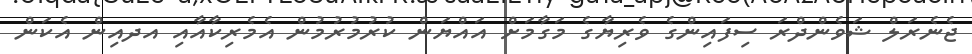
ޖެނެރަލް ޝަވެންދްރަ ސިފައިންގެ ވެރިޔާގެ މަގާމަށް އައްޔަން ކުރުމުރުމުން އެމެރިކާއާއި އދއިން އެކަން